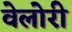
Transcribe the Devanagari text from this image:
वेलोरी